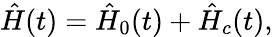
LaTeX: \hat{H}(t)=\hat{H}_{0}(t)+\hat{H}_{c}(t),